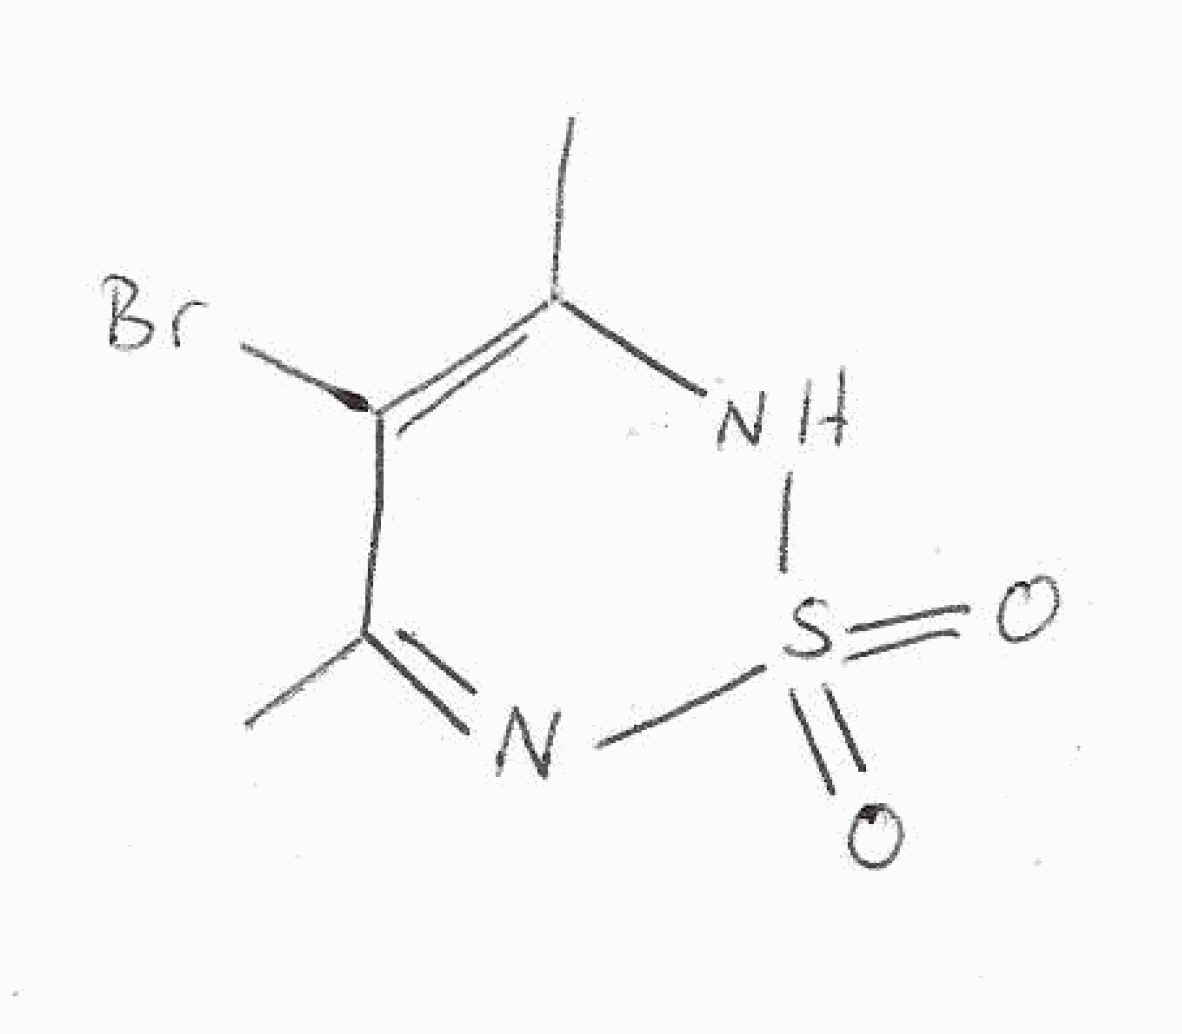
Simplified molecular-input line-entry system (SMILES) notation of the given molecule:
CC1=C(C(=NS(=O)(=O)N1)C)Br